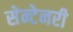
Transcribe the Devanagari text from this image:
सेन्टेनरी